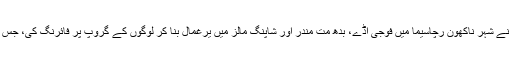
خیال رہے گزشتہ روز فوج کے ایک جوان جیكرپینتھ تھوما (32) نے شہر ناكھون رچاسيما میں فوجی اڈے، بدھ مت مندر اور شاپنگ مالز میں یرغمال بنا کر لوگوں کے گروپ پر فائرنگ کی، جس میں 20 افراد کی موت ہو گئی اور 31 دیگر زخمی ہو گئے تھے۔